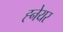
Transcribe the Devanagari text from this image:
ह्नेयर